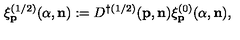
\xi _ { \bf p } ^ { ( 1 / 2 ) } ( \alpha , { \bf n } ) : = D ^ { \dagger ( 1 / 2 ) } ( { \bf p } , { \bf n } ) \xi _ { \bf p } ^ { ( 0 ) } ( \alpha , { \bf n } ) ,